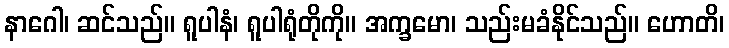
နာဂေါ၊ ဆင်သည်။ ရူပါနံ၊ ရူပါရုံတိုကို။ အက္ခမော၊ သည်းမခံနိုင်သည်။ ဟောတိ၊